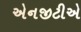
એનજીટીએ